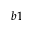
b 1